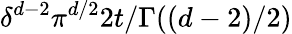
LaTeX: \delta^{d-2}\pi^{d/2}2t/\Gamma((d-2)/2)